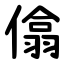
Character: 㒆